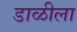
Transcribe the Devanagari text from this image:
डाळीला